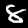
Digit: 8